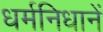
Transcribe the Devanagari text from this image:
धर्मनिधानें